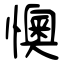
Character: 懊